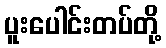
ပူးပေါင်းတပ်တို့